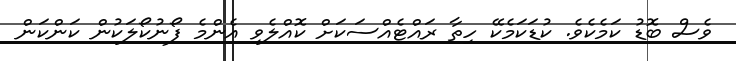
ވެސް ބޮޑު ކަމެކެވެ. ކުޑަކަމެކޭ ހިތާ ރައްޓެއްސަކަށް ކޮއްލެވި އެންމެ ފޯނުކޯލަކުން ކަންކަން